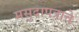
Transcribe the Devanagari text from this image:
मसुदापत्राचे